Scottish Leaving Certificate Examination, 1960
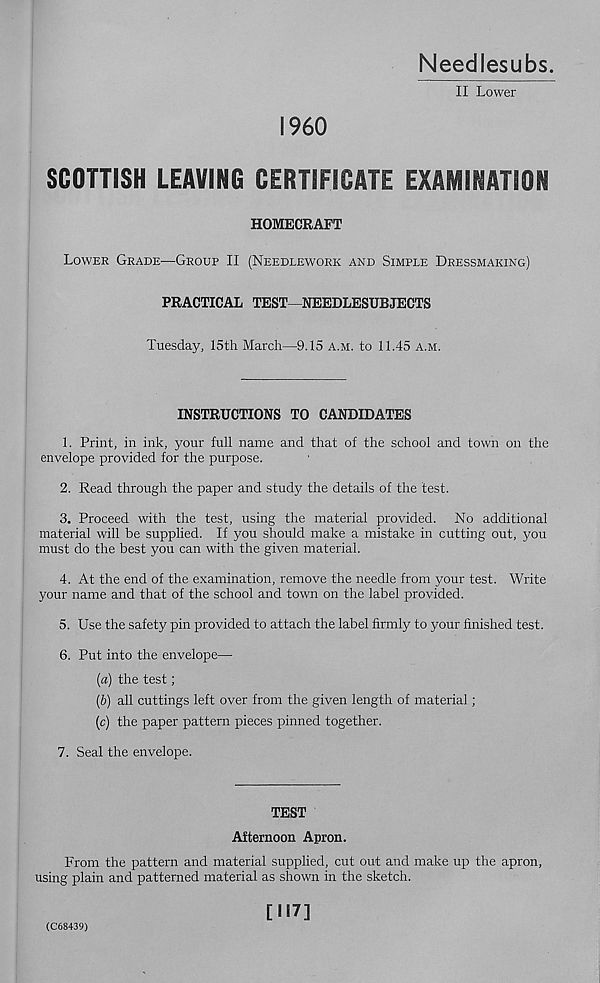
Needlesubs.
II Lower
I960
SCOTTISH LEAVING CERTIFICATE EXAMINATION
HOMECRAFT
Lower Grade'—Group II (Needlework and Simple Dressmaking)
PRACTICAL TEST—NEEDLESUBJECTS
Tuesday, 15th March—9.15 A.m. to 11.45 A.M.
INSTRUCTIONS TO CANDIDATES
1. Print, in ink, your full name and that of the school and town on the
envelope provided for the purpose.
2. Read through the paper and study the details of the test.
3. Proceed with the test, using the material provided. No additional
material will be supplied. If you should make a mistake in cutting out, you
must do the best you can with the given material.
4. At the end of the examination, remove the needle from your test. Write
your name and that of the school and town on the label provided.
5. Use the safety pin provided to attach the label firmly to your finished test.
6. Put into the envelope—
(a) the test;
(&) all cuttings left over from the given length of material;
(c) the paper pattern pieces pinned together.
7. Seal the envelope.
TEST
Afternoon Apron.
From the pattern and material supplied, cut out and make up the apron,
using plain and patterned material as shown in the sketch.
(C68439)
[H7]